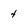
Character: 4